Papers set at the Examination for Leaving Certificates, 1891
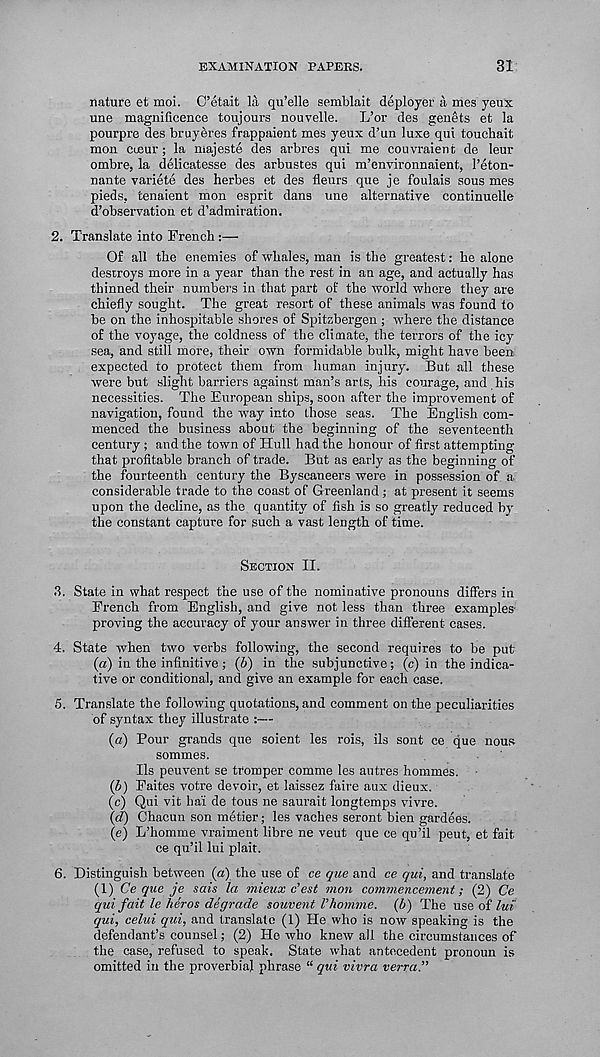
EXAMINATION PAPERS.
31
nature et moi. C’etait la qu’elle semblait deployer a mes yeux
une magnificence toujours nouvelle. L’or des genets et la
pourpre des bruyeres frappaient mes yeux d’un luxe qui touchait
men cueur; la majeste des arbres qui me couvraient de leur
ombre, la delicatesse des arbustes qui m’environnaient, 1’eton-
nante variete des herbes et des fleurs que je foulais sous mes
pieds, tenaient mon esprit dans une alternative continuelle
d’observation et d’admiration.
2. Translate into French :—
Of all the enemies of whales, man is the greatest: he alone
destroys more in a year than the rest in an age, and actually has
thinned their numbers in that part of the world where they are
chiefly sought. The great resort of these animals was found to
be on the inhospitable shores of Spitsbergen ; where the distance
of the voyage, the coldness of the climate, the terrors of the icy
sea, and still more, their own formidable bulk, might have been
expected to protect them from human injury. But all these
were but slight barriers against man’s arts, his courage, and his
necessities. The European ships, soon after the improvement of
navigation, found the way into those seas. The English com-
menced the business about the beginning of the seventeenth
century ; and the town of Hull had the honour of first attempting
that profitable branch of trade. But as early as the beginning of
the fourteenth century the Byscaneers were in possession of a
considerable trade to the coast of Greenland ; at present it seems
upon the decline, as the quantity of fish is so greatly reduced by
the constant capture for such a vast length of time.
Section II.
3. State in what respect the use of the nominative pronouns differs in
French from English, and give not less than three examples-
proving the accuracy of your answer in three different cases.
4. State when two verbs following, the second requires to be put
(a) in the infinitive ; (6) in the subjunctive; (c) in the indica-
tive or conditional, and give an example for each case.
5. Translate the following quotations, and comment on the peculiarities
of syntax they illustrate ;—
(a) Pour grands que soient les rois, ils sent ce que nous
sommes.
Ils peuvent se tromper comme les autres hommes.
(b) Faites votre devoir, et laissez faire aux dieux.
(c) Qui vit hai de tons ne saurait longtemps vivre.
(d) Chacun son metier; les vaches seront bien gardees.
(e) L’homme vraiment libre ne veut que ce qu’il peut, et fait
ce qu’il lui plait.
6. Distinguish between (a) the use of ce que and ce qui, and translate
(1) Ce que je sais la mieux e’est mon commencement; (2) Ce
qui fait le heros degrade souvent Vhomme. (6) The use of lui
qui, celui qui, and translate (1) He who is now speaking is the
defendant’s counsel; (2) Ho who knew all the circumstances of
the case, refused to speak. State what antecedent pronoun is
omitted in the proverbial phrase “ qui vivra verra.”